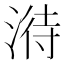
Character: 𣹘